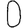
Digit: 0